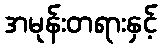
အမုန်းတရားနှင့်